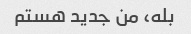
بله، من جدید هستم